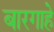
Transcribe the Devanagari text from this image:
बारगाहे